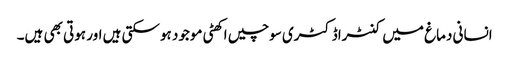
انسانی دماغ میں کنٹراڈکٹری سوچیں اکھٹی موجود ہوسکتی ہیں اور ہوتی بھی ہیں۔